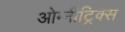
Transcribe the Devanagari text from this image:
ओम्नीट्रिक्स